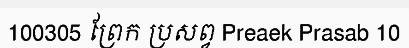
100305 ព្រែក ប្រសព្វ Preaek Prasab 10